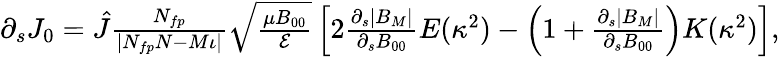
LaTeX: \begin{array}{r}{\partial_{s}J_{0}=\hat{J}\frac{N_{fp}}{|N_{fp}N-M\iota|}\sqrt{\frac{\mu B_{00}}{{\cal E}}}\left[2\frac{\partial_{s}|B_{M}|}{\partial_{s}B_{00}}E(\kappa^{2})-\left(1+\frac{\partial_{s}|B_{M}|}{\partial_{s}B_{00}}\right)K(\kappa^{2})\right],}\end{array}